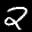
Label: 2